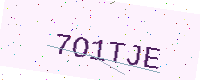
Text: 7O1TJE